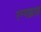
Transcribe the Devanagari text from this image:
रन्गफ्राह